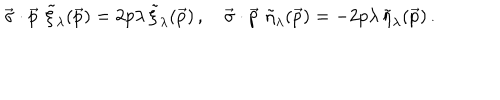
LaTeX: \vec { \sigma } \cdot \vec { p } \, \, \tilde { \xi } _ { \lambda } ( \vec { p } ) = 2 p \lambda \, \tilde { \xi } _ { \lambda } ( \vec { p } ) \, , \quad \vec { \sigma } \cdot \vec { p } \, \, \tilde { \eta } _ { \lambda } ( \vec { p } ) = - 2 p \lambda \, \tilde { \eta } _ { \lambda } ( \vec { p } ) \, .